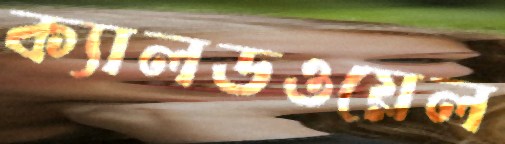
ক্যালডওয়েল